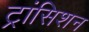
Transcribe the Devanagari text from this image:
ट्रांसिशन